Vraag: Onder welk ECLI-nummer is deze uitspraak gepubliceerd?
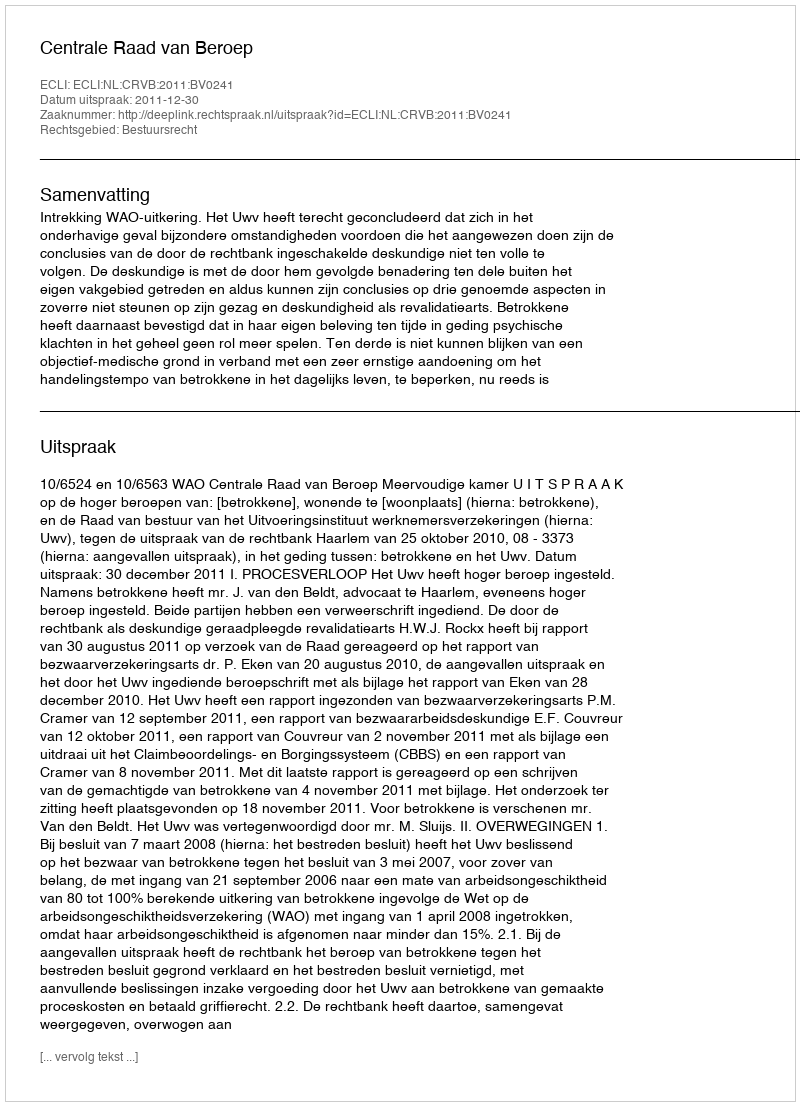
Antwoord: ECLI:NL:CRVB:2011:BV0241